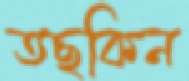
তছকিন